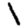
Digit: 1